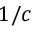
1 / c